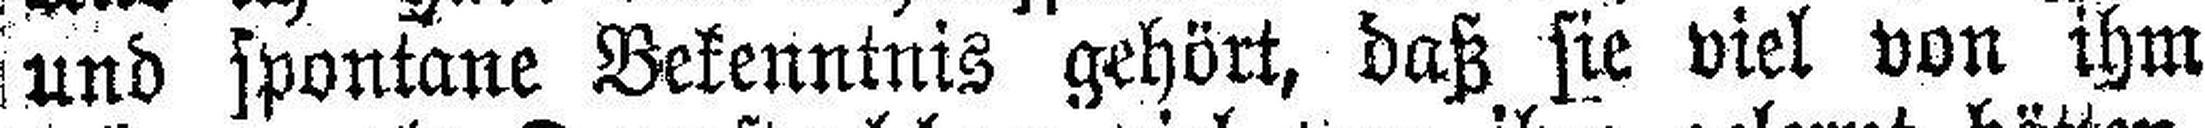
und spontane Bekenntnis gehört, daß sie viel von ihm